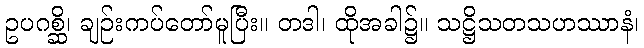
ဥပဂစ္ဆိ၊ ချဉ်းကပ်တော်မူပြီး။ တဒါ၊ ထိုအခါ၌။ သဋ္ဌိသတသဟဿာနံ၊